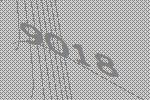
9018